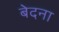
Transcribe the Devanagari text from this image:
बेदना